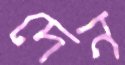
দেন